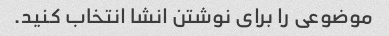
موضوعی را برای نوشتن انشا انتخاب کنید.